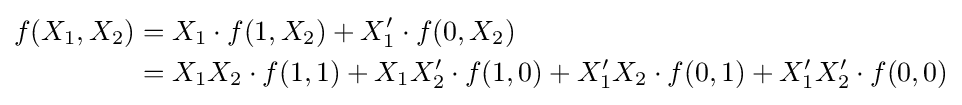
{\begin{aligned}f(X_{1},X_{2})&=X_{1}\cdot f(1,X_{2})+X_{1}'\cdot f(0,X_{2})\\&=X_{1}X_{2}\cdot f(1,1)+X_{1}X_{2}'\cdot f(1,0)+X_{1}'X_{2}\cdot f(0,1)+X_{1}'X_{2}'\cdot f(0,0)\end{aligned}}